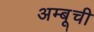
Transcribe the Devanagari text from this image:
अम्बूची